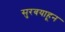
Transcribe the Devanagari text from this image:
सुरबयाहून